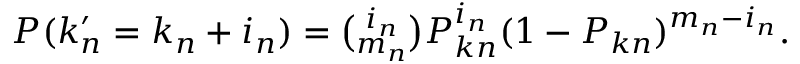
\begin{array} { r } { P ( k _ { n } ^ { \prime } = k _ { n } + i _ { n } ) = \binom { i _ { n } } { m _ { n } } P _ { k n } ^ { i _ { n } } ( 1 - P _ { k n } ) ^ { m _ { n } - i _ { n } } . } \end{array}